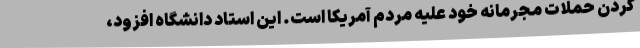
کردن حملات مجرمانه خود علیه مردم آمریکا است. این استاد دانشگاه افزود،